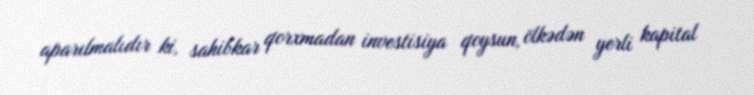
aparılmalıdır ki, sahibkar qorxmadan investisiya qoysun, ölkədən yerli kapital